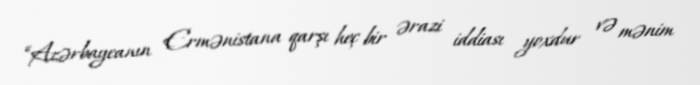
“Azərbaycanın Ermənistana qarşı heç bir ərazi iddiası yoxdur və mənim